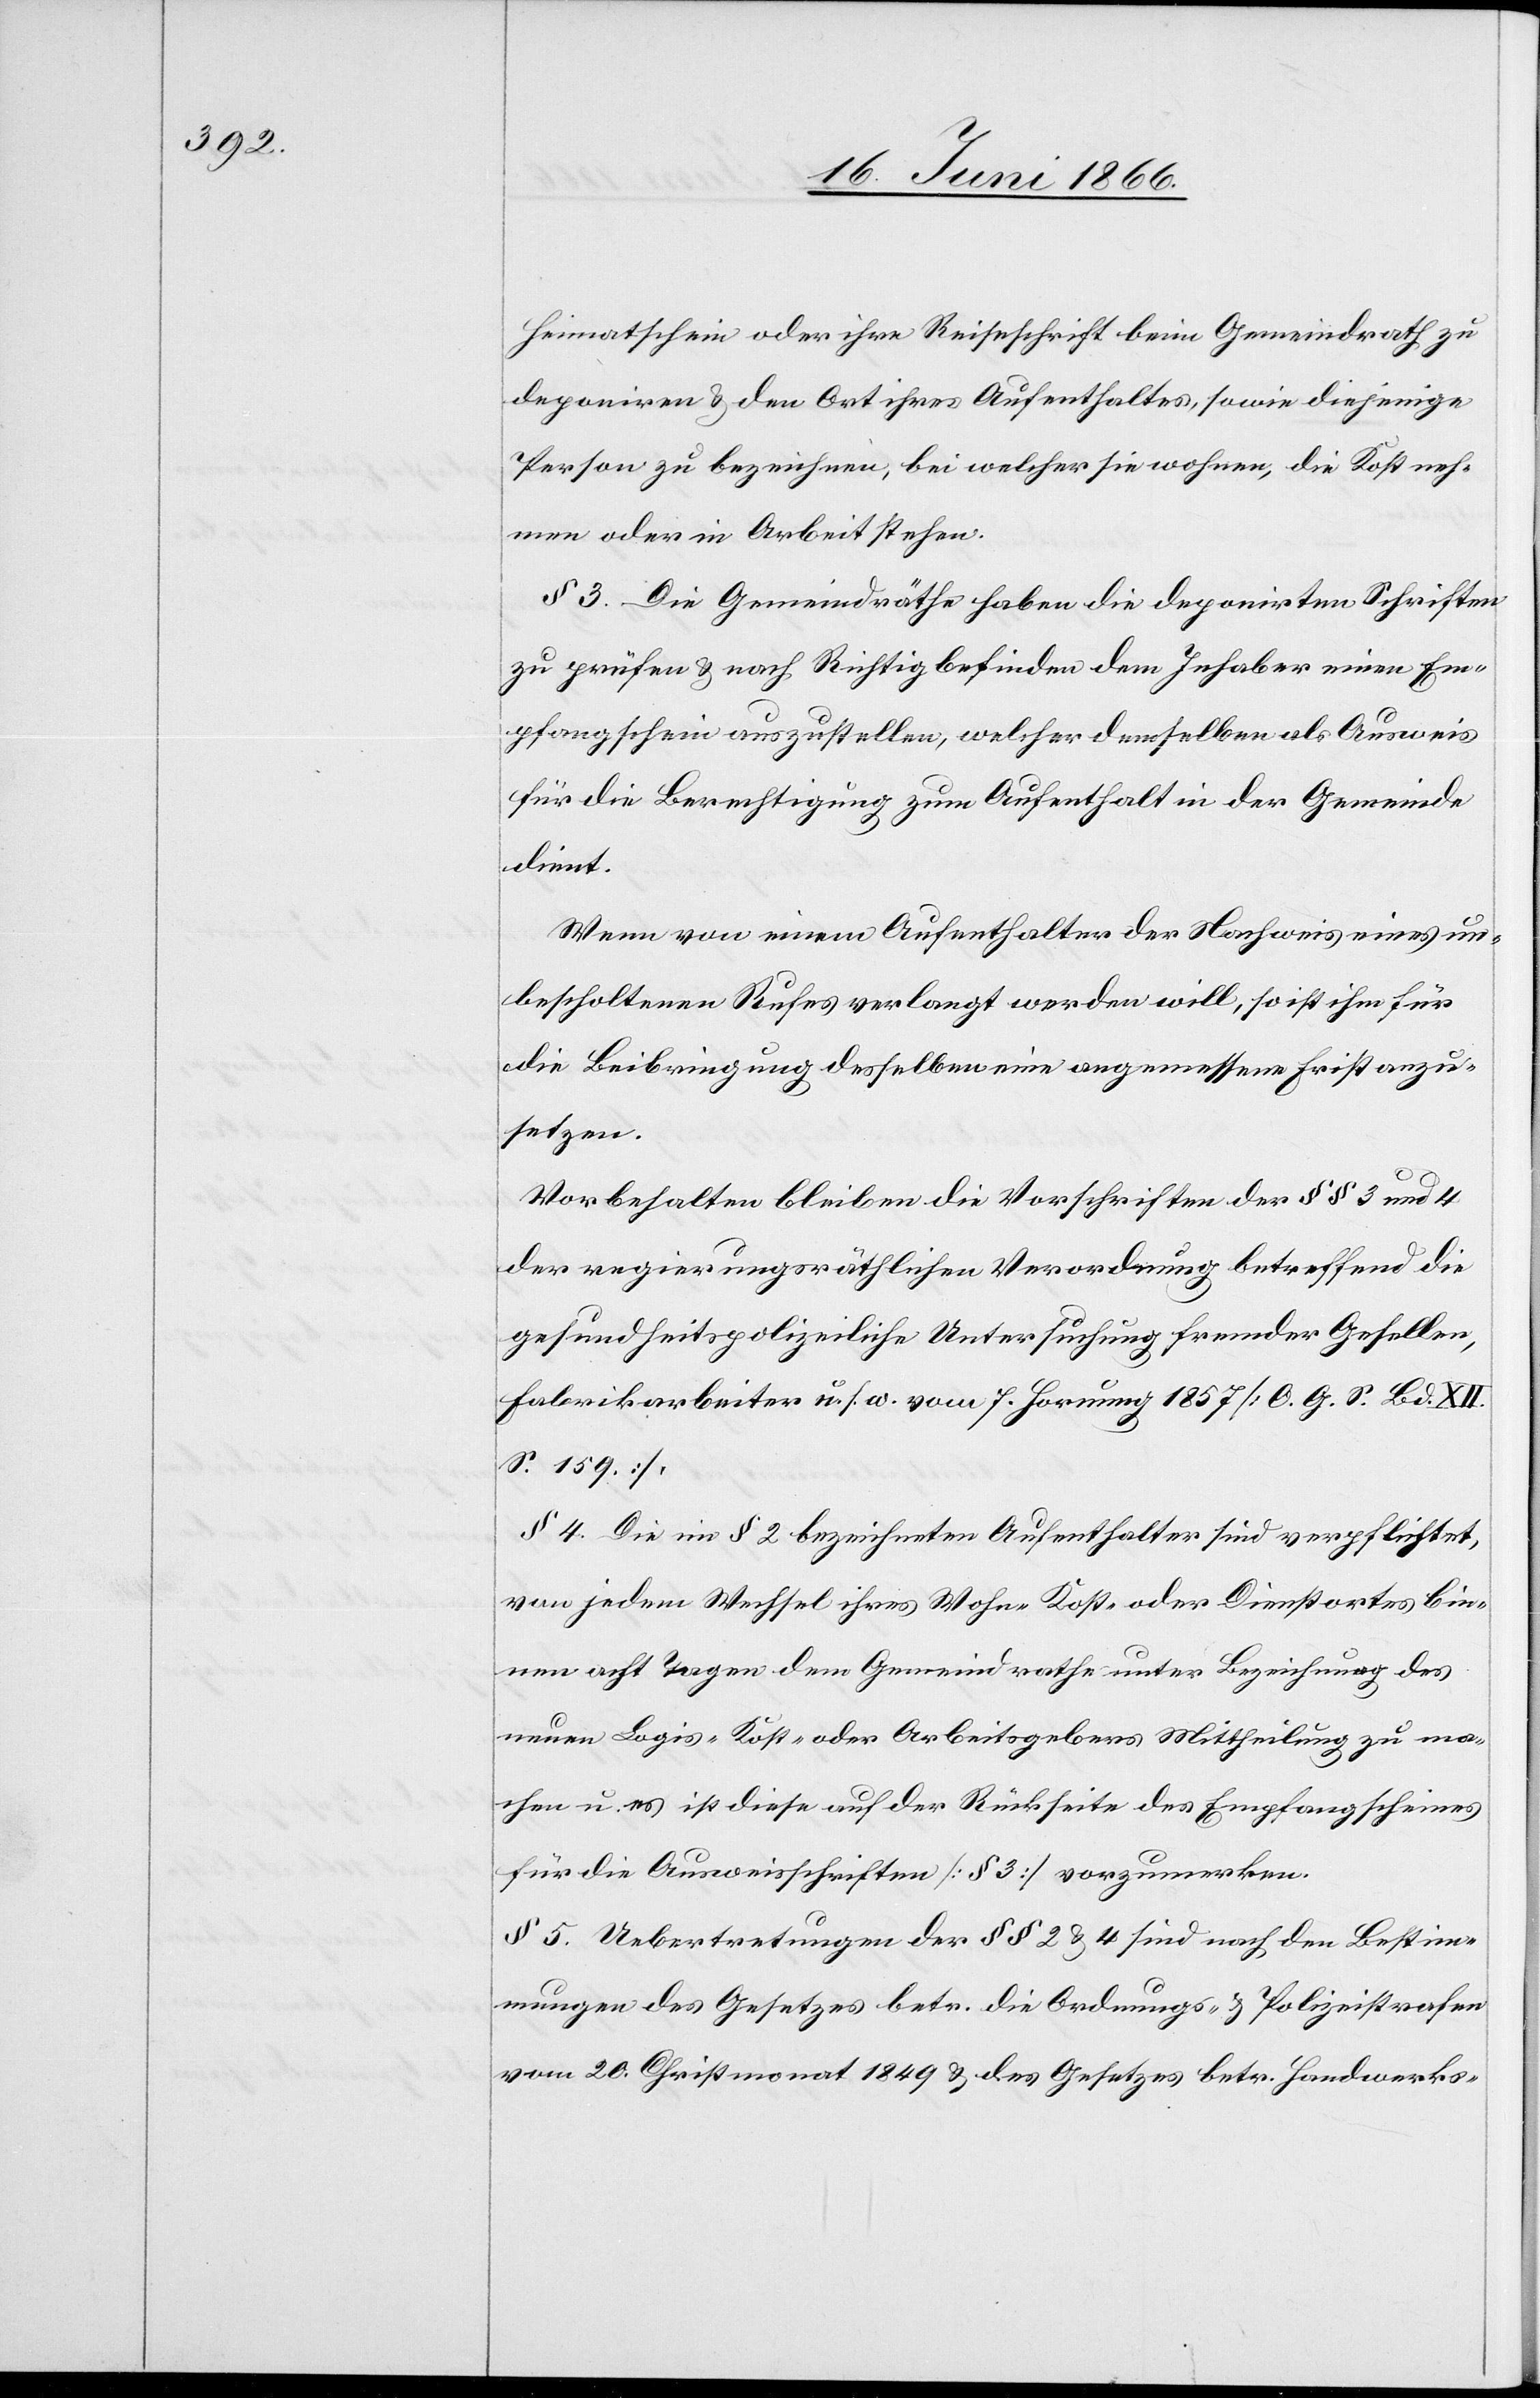
Heimatschein oder ihre Reiseschrift beim Gemeindrath zu
deponiren u. den Ort ihres Aufenthaltes, sowie diejenige
Person zu bezeichnen, bei welcher sie wohnen, die Kost neh¬
men oder in Arbeit stehen.
§ 3. Die Gemeindräthe haben die deponirten Schriften
zu prüfen u. nach Richtigkeit befunden dem Inhaber einen Em¬
pfangschein auszustellen, welcher denselben als Ausweise
für die Berechtigung zum Aufenthalt in der Gemeinde
dient.
Wenn von einem Aufenthalter der Nachweis eines un¬
bescholtenen Rufes verlangt werden will, so ist ihm für
die Beibringung desselben eine angemessene Frist anzu¬
setzen.
Vorbehalten bleiben die Vorschriften der § § 3 und 4
der regierungsräthlichen Verordnung betreffend die
gesundheitspolizeiliche Untersuchung fremder Gesellen,
Fabrikarbeiter u. s. w. vom 7. Hornung 1857 [O. G. S. Bd. XII.
S. 159].
§ 4. Die im § 2 bezeichneten Aufenthalter sind verpflichtet,
von jedem Wechsel ihres Wohn-[,] Kost- oder Dienstortes bin¬
nen acht Tagen dem Gemeindrathe unter Bezeichnung des
neuen Logis-[,] Kost- oder Arbeitgebers Mittheilung zu ma¬
chen u. es ist diese auf der Rückseite des Empfangscheines
für die Ausweisschriften [§ 3] vorzumerken.
§ 5. Uebertretungen der § § 2 u. 4 sind nach den Bestim¬
mungen des Gesetzes betr. die Ordnungs- u. Polizeistrafen
vom 20. Christmonat 1849 u. des Gesetzes betr. die Handwerks-